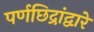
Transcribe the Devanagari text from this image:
पर्णछिद्रांद्वारे